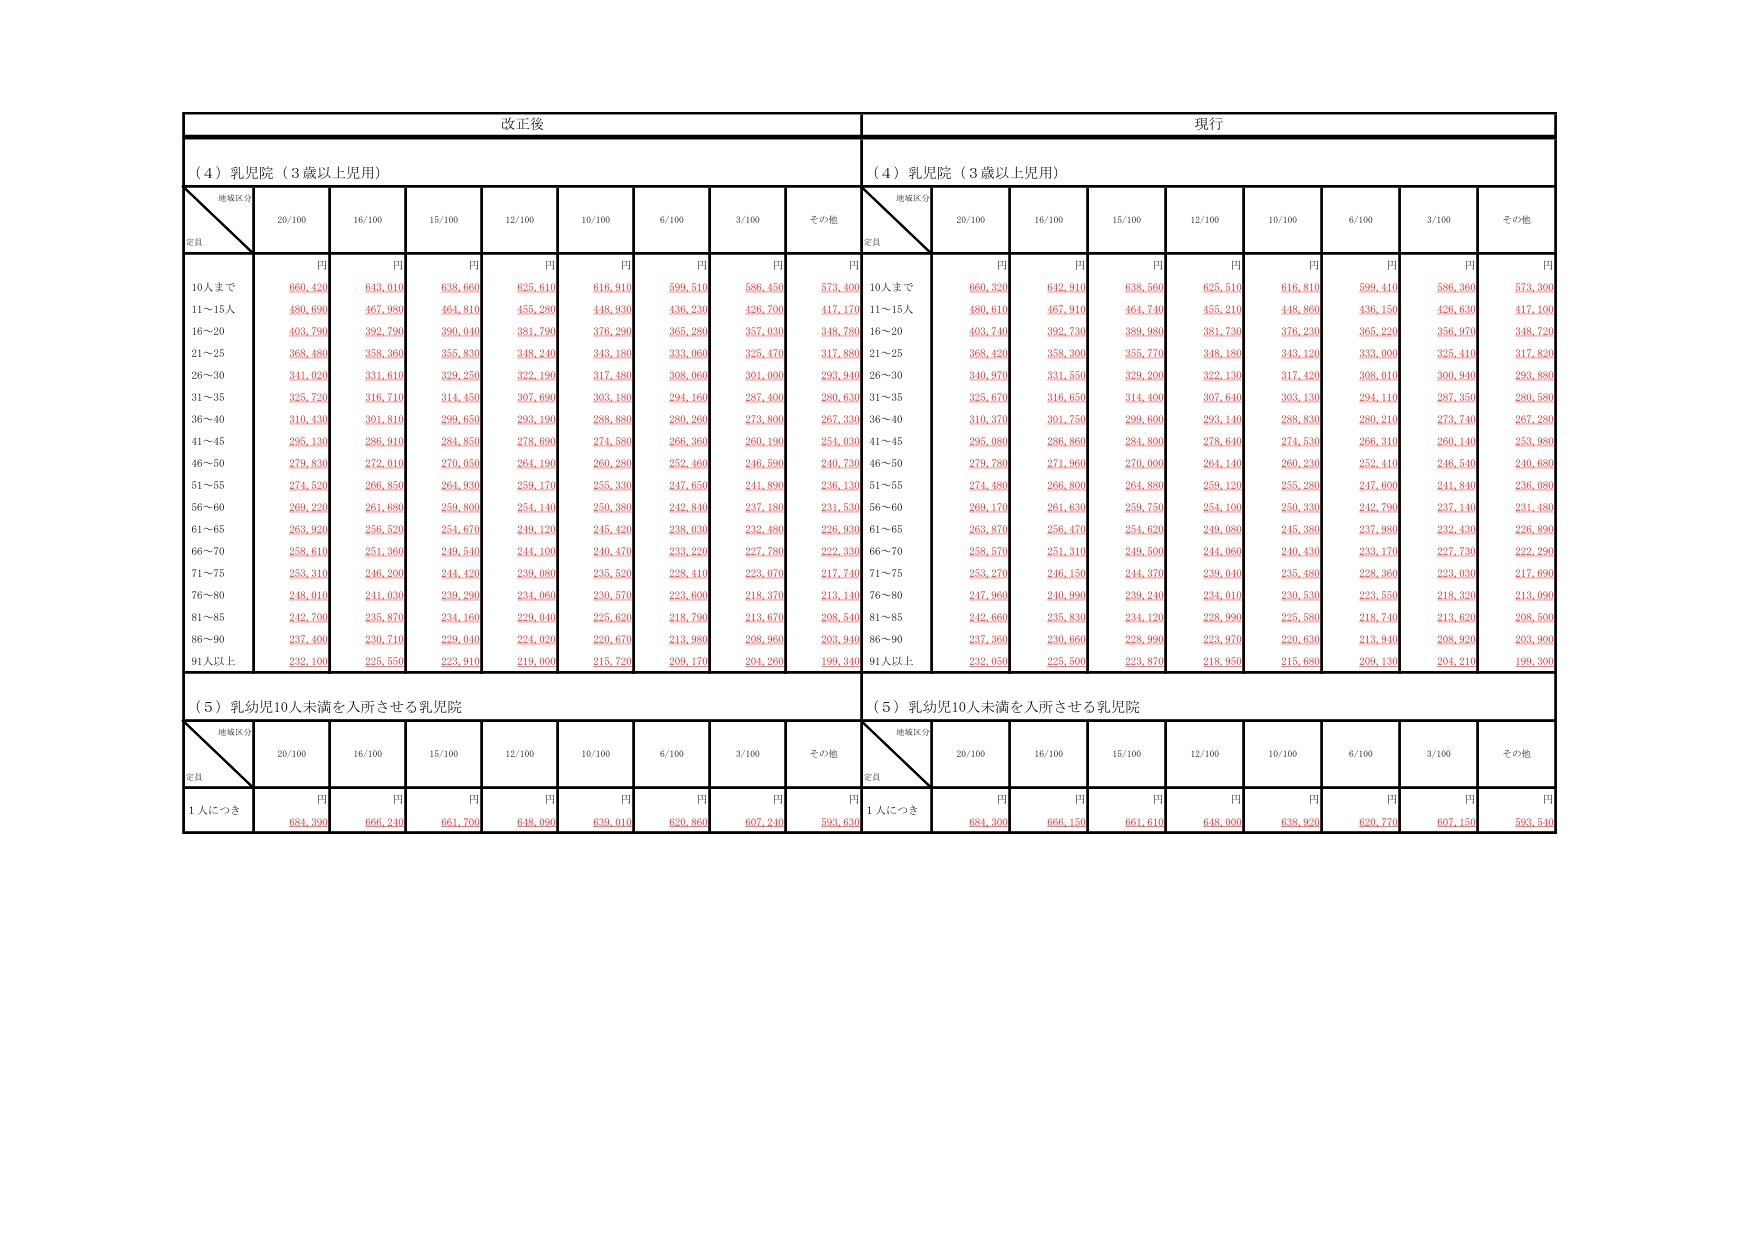
改正後
現行
（４）乳児院（３歳以上児用）
（４）乳児院（３歳以上児用）
地域区分
定員
20/100
16/100
15/100
12/100
10/100
6/100
3/100
その他
地域区分
定員
20/100
16/100
15/100
12/100
10/100
6/100
3/100
その他
円
円
円
円
円
円
円
円
円
円
円
円
円
円
円
円
円
円
10人まで
660,420
643,010
638,660
625,610
616,910
599,510
586,450
573,400
10人まで
660,320
642,910
638,560
625,510
616,810
599,410
586,360
573,300
11～15人
480,690
467,980
464,810
455,280
448,930
436,230
426,700
417,170
11～15人
480,610
467,910
464,740
455,210
448,860
436,150
426,630
417,100
16～20
403,790
392,790
390,040
381,790
376,290
365,280
357,030
348,780
16～20
403,740
392,730
389,980
381,730
376,230
365,220
356,970
348,720
21～25
368,480
358,360
355,830
348,240
343,180
333,060
325,470
317,880
21～25
368,420
358,300
355,770
348,180
343,120
333,000
325,410
317,820
26～30
341,020
331,610
329,250
322,190
317,480
308,060
301,000
293,940
26～30
340,970
331,550
329,200
322,130
317,420
308,010
300,940
293,880
31～35
325,720
316,710
314,450
307,690
303,180
294,160
287,400
280,630
31～35
325,670
316,650
314,400
307,640
303,130
294,110
287,350
280,580
36～40
310,430
301,810
299,650
293,190
288,880
280,260
273,800
267,330
36～40
310,370
301,750
299,600
293,140
288,830
280,210
273,740
267,280
41～45
295,130
286,910
284,850
278,690
274,580
266,360
260,190
254,030
41～45
295,080
286,860
284,800
278,640
274,530
266,310
260,140
253,980
46～50
279,830
272,010
270,050
264,190
260,280
252,460
246,590
240,730
46～50
279,780
271,960
270,000
264,140
260,230
252,410
246,540
240,680
51～55
274,520
266,850
264,930
259,170
255,330
247,650
241,890
236,130
51～55
274,480
266,800
264,880
259,120
255,280
247,600
241,840
236,080
56～60
269,220
261,680
259,800
254,140
250,380
242,840
237,180
231,530
56～60
269,170
261,630
259,750
254,100
250,330
242,790
237,140
231,480
61～65
263,920
256,520
254,670
249,120
245,420
238,030
232,480
226,930
61～65
263,870
256,470
254,620
249,080
245,380
237,980
232,430
226,890
66～70
258,610
251,360
249,540
244,100
240,470
233,220
227,780
222,330
66～70
258,570
251,310
249,500
244,060
240,430
233,170
227,730
222,290
71～75
253,310
246,200
244,420
239,080
235,520
228,410
223,070
217,710
71～75
253,270
246,150
244,370
239,040
235,480
228,360
223,030
217,690
76～80
248,010
241,030
239,290
234,060
230,570
223,600
218,370
213,140
76～80
247,960
240,990
239,240
234,010
230,530
223,550
218,320
213,090
81～85
242,700
235,870
234,160
229,040
225,620
218,790
213,670
208,540
81～85
242,660
235,830
234,120
228,990
225,580
218,740
213,620
208,500
86～90
237,400
230,710
229,040
224,020
220,670
213,980
208,960
203,940
86～90
237,360
230,660
228,990
223,970
220,630
213,940
208,920
203,900
91人以上
232,100
225,550
223,910
219,000
215,720
209,170
204,260
199,340
91人以上
232,050
225,500
223,870
218,950
215,680
209,130
204,210
199,300
（５）乳幼児10人未満を入所させる乳児院
（５）乳幼児10人未満を入所させる乳児院
地域区分
定員
20/100
16/100
15/100
12/100
10/100
6/100
3/100
その他
地域区分
定員
20/100
16/100
15/100
12/100
10/100
6/100
3/100
その他
円
円
円
円
円
円
円
円
円
円
円
円
円
円
円
円
円
円
1人につき
684,390
666,240
661,700
648,090
639,010
620,860
607,240
593,630
1人につき
684,300
666,150
661,610
648,000
638,920
620,770
607,150
593,540